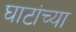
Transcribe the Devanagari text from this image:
घाटांच्या